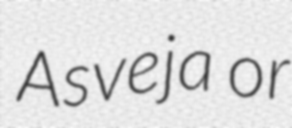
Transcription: Asveja or